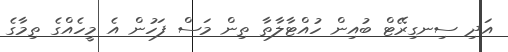
އަދި ސިނގިރޭޓް ބުއިން ހުއްޓާލާތާ ތިން މަސް ފަހުން އެ މީހެއްގެ ތިމާގެ